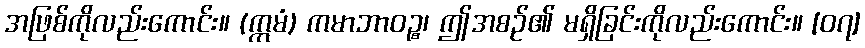
အဖြစ်ကိုလည်းကောင်း။ (ဣမံ) ကမာဘာဝဉ္စ၊ ဤအစဉ်၏ မရှိခြင်းကိုလည်းကောင်း။ [၀၇]